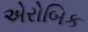
એરોબિક